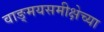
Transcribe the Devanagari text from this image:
वाङ्‌मयसमीक्षेच्या